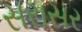
સરાસર